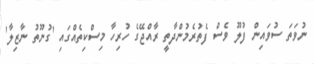
ނުވަތަ ސުވައިން ފުލޫ ވެސް ފެތުރެމުންދާތީ ރާއްޖޭގެ ހުރިހާ މިސްކިތެއްގައި 'ގުނޫތު ނާޒިލާ'